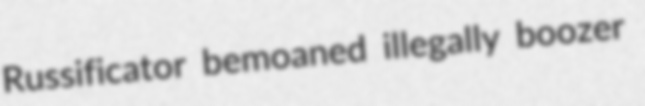
Russificator bemoaned illegally boozer